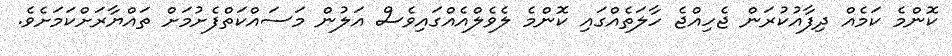
ކޮންމެ ކަމެއް ދިފާއުކުރަން ޖެހިއްޖެ ހާލަތެއްގައި ކޮންމެ ލެވެލްއެއްގައިވެސް އަލުން މަސައްކަތްފެށުމަށް ތައްޔާރަށްކަމަށެވެ.